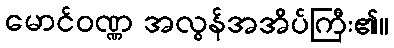
မောင်ဝဏ္ဏ အလွန်အအိပ်ကြီး၏။